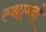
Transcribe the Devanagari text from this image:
स्थाम्बो